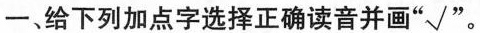
一、给下列加点字选择正确读音并画"\surd "。